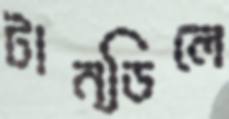
টান্ডিলে